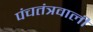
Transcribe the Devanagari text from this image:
पंचतंत्रवाली